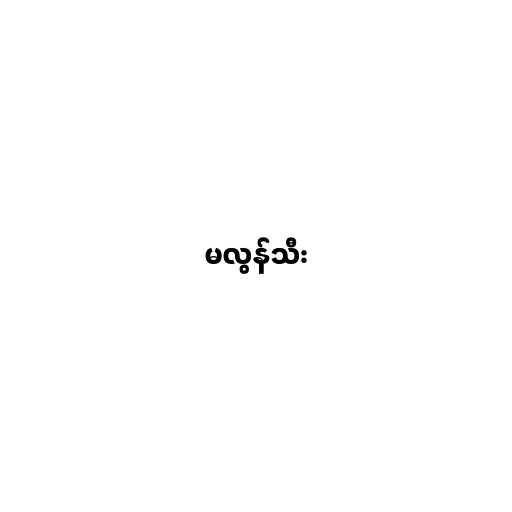
မလွန်သီး